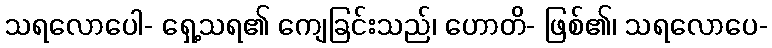
သရလောပေါ- ရှေ့သရ၏ ကျေခြင်းသည်၊ ဟောတိ- ဖြစ်၏၊ သရလောပေ-